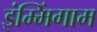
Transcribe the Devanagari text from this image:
इंम्मिंगाम